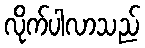
လိုက်ပါလာသည်